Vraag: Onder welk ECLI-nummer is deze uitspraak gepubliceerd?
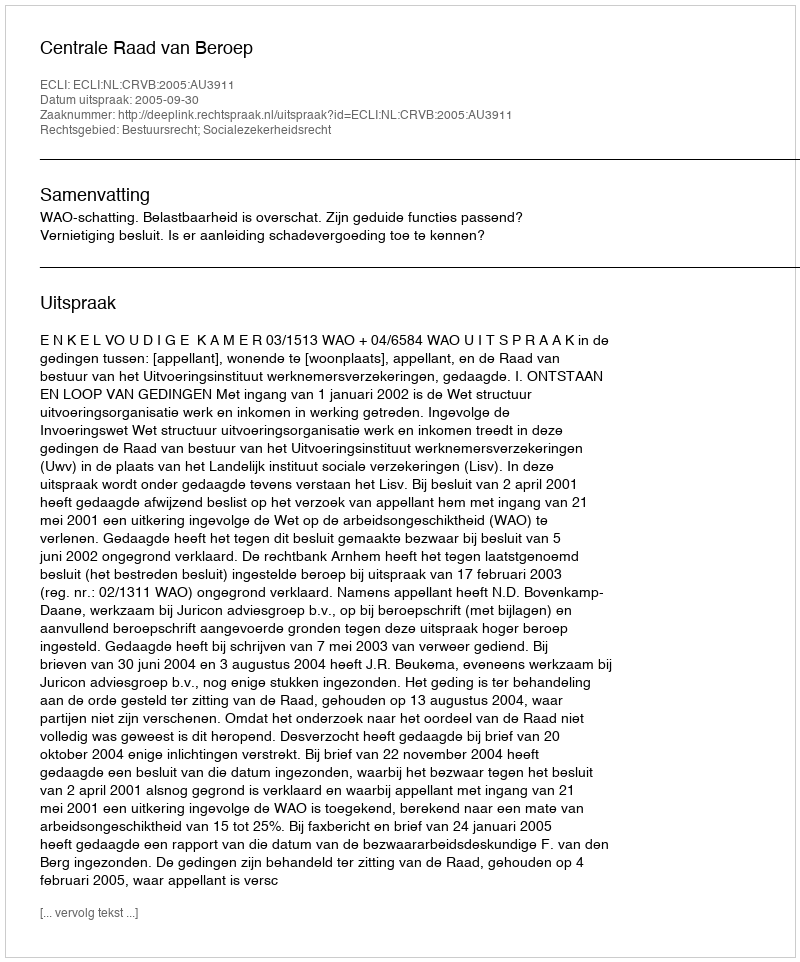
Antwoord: ECLI:NL:CRVB:2005:AU3911